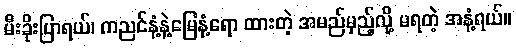
မီးခိုးပြာရယ်၊ ကညင်နံ့နဲ့မြေနံ့ရော ထားတဲ့ အမည်မှည့်လို့ မရတဲ့ အနံ့ရယ်။